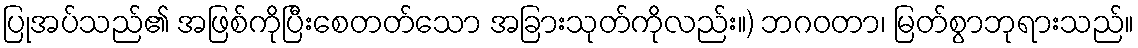
ပြုအပ်သည်၏ အဖြစ်ကိုပြီးစေတတ်သော အခြားသုတ်ကိုလည်း။) ဘဂဝတာ၊ မြတ်စွာဘုရားသည်။